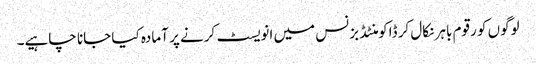
لوگوں کو رقوم باہر نکال کر ڈاکومنٹڈ بزنس میں انویسٹ کرنے پر آمادہ کیا جانا چاہیے۔